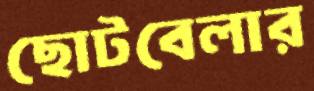
ছোটবেলার